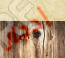
إدجار